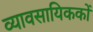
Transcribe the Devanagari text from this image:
व्यावसायिककों